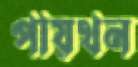
পায়থন